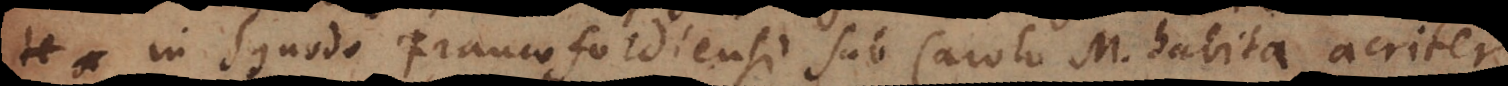
in Synodo Francofordiensi sub Carolo M. habita graviter